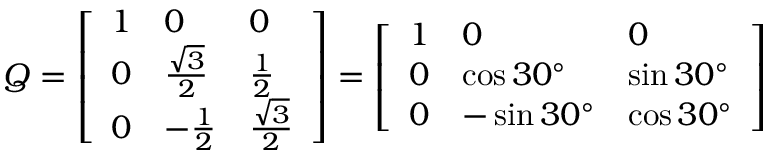
Q = { \left[ \begin{array} { l l l } { 1 } & { 0 } & { 0 } \\ { 0 } & { { \frac { \sqrt { 3 } } { 2 } } } & { { \frac { 1 } { 2 } } } \\ { 0 } & { - { \frac { 1 } { 2 } } } & { { \frac { \sqrt { 3 } } { 2 } } } \end{array} \right] } = { \left[ \begin{array} { l l l } { 1 } & { 0 } & { 0 } \\ { 0 } & { \cos 3 0 ^ { \circ } } & { \sin 3 0 ^ { \circ } } \\ { 0 } & { - \sin 3 0 ^ { \circ } } & { \cos 3 0 ^ { \circ } } \end{array} \right] }